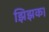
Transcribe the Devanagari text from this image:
झिझक।